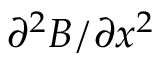
\partial ^ { 2 } B / \partial x ^ { 2 }